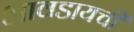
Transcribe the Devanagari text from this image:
आवडायची